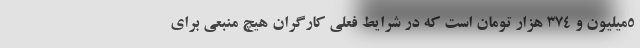
5میلیون و 374 هزار تومان است که در شرایط فعلی کارگران هیچ منبعی برای